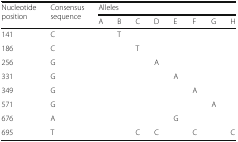
| <ROWSPAN=2> Nucleotide position | <ROWSPAN=2> Consensus sequence | <COLSPAN=8> Alleles |
 | A | B | C | D | E | F | G | H |
 | --- | --- | --- | --- | --- | --- | --- | --- | --- | --- |
 | 141 | C |  | T |  |  |  |  |  |  |
 | 186 | C |  |  | T |  |  |  |  |  |
 | 256 | G |  |  |  | A |  |  |  |  |
 | 331 | G |  |  |  |  | A |  |  |  |
 | 349 | G |  |  |  |  |  | A |  |  |
 | 571 | G |  |  |  |  |  |  | A |  |
 | 676 | A |  |  |  |  | G |  |  |  |
 | 695 | T |  |  | C | C |  | C |  | C |